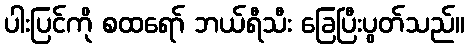
ပါးပြင်ကို စထရော် ဘယ်ရီသီး ခြေပြီးပွတ်သည်။